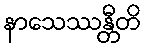
နာသေဿန္တီတိ